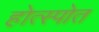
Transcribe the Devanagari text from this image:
होत्स्पोत